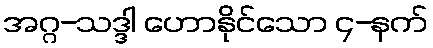
အဂ္ဂ-သဒ္ဒါ ဟောနိုင်သော ၄-နက်